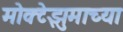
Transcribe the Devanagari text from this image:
मोक्टेझुमाच्या